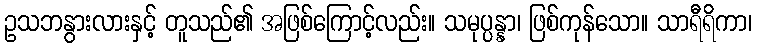
ဥသဘနွားလားနှင့် တူသည်၏ အဖြစ်ကြောင့်လည်း။ သမုပ္ပန္နာ၊ ဖြစ်ကုန်သော။ သာရီရိကာ၊